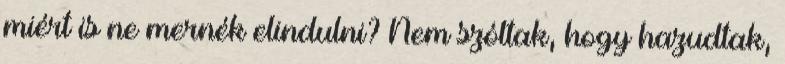
miért is ne mernék elindulni? Nem szóltak, hogy hazudtak,